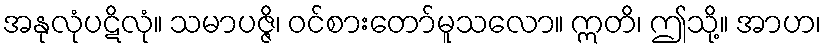
အနုလုံပဋိလုံ။ သမာပဇ္ဇိ၊ ဝင်စားတော်မူသလော။ ဣတိ၊ ဤသို့။ အာဟ၊